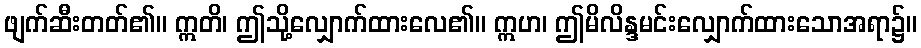
ဖျက်ဆီးတတ်၏။ ဣတိ၊ ဤသို့လျှောက်ထားလေ၏။ ဣဟ၊ ဤမိလိန္ဒမင်းလျှောက်ထားသောအရာ၌။